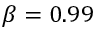
\beta = 0 . 9 9